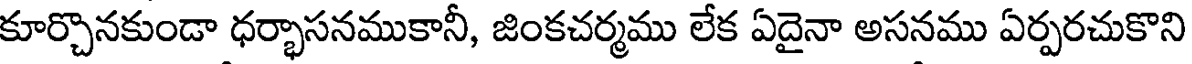
కూర్చొనకుండా ధర్భాసనముకానీ, జింకచర్మము లేక ఏదైనా అసనము ఏర్పరచుకొని